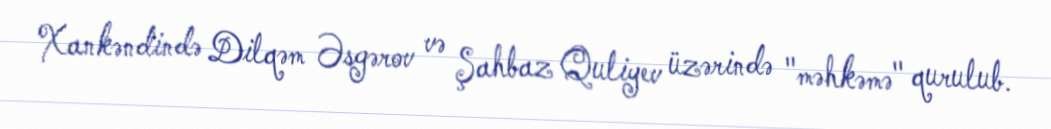
Xankəndində Dilqəm Əsgərov və Şahbaz Quliyev üzərində "məhkəmə" qurulub.